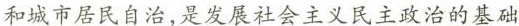
和城市居民自治，是发展社会主义民主政治的基础